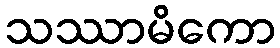
သဿာမိကော